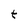
Character: t